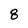
Character: 8